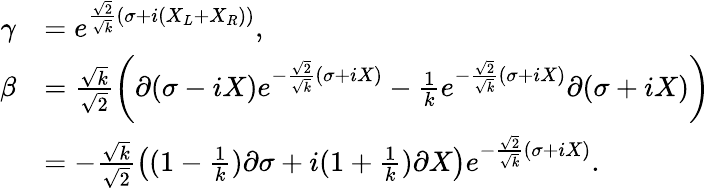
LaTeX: \begin{array}{rl}{\gamma}&{=e^{\frac{\sqrt{2}}{\sqrt{k}}\left(\sigma+i(X_{L}+X_{R})\right)},}\\ {\beta}&{=\frac{\sqrt{k}}{{\sqrt{2}}}\left(\partial(\sigma-iX)e^{-\frac{\sqrt{2}}{\sqrt{k}}(\sigma+iX)}-\frac 1ke^{-\frac{\sqrt{2}}{\sqrt{k}}\left(\sigma+iX\right)}\partial(\sigma+iX)\right)}\\ &{=-\frac{\sqrt{k}}{\sqrt{2}}\left((1-\frac 1k)\partial\sigma+i(1+\frac 1k)\partial X\right)e^{-\frac{\sqrt{2}}{\sqrt{k}}\left(\sigma+iX\right)}.}\end{array}